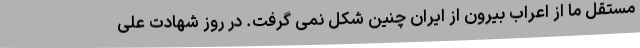
مستقل ما از اعراب بیرون از ایران چنین شکل نمی گرفت. در روز شهادت علی